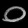
Digit: ၀